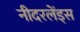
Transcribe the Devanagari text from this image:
नीदरलेंड्स